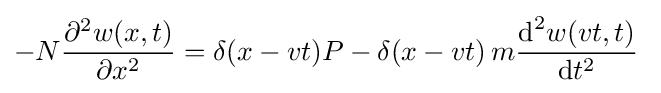
-N{\frac {\partial ^{2}w(x,t)}{\partial x^{2}}}=\delta (x-vt)P-\delta (x-vt)\,m{\frac {{\mbox{d}}^{2}w(vt,t)}{{\mbox{d}}t^{2}}}\